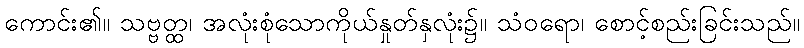
ကောင်း၏။ သဗ္ဗတ္ထ၊ အလုံးစုံသောကိုယ်နှုတ်နှလုံး၌။ သံဝရော၊ စောင့်စည်းခြင်းသည်။